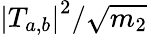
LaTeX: {\left|T_{a,b}\right|}^{2}/\sqrt{m_{2}}